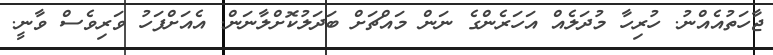
ޖާހަތުއެއްނު. ހުރިހާ މުދަލެއް އަހަރެންގެ ނަން މައްޗަށް ބަދަލުކޮށްލާނަން. އެއަށްފަހު ވަރިވެސް ވާނީ.